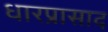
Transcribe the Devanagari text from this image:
धारप्रासाद